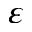
\varepsilon